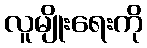
လူမျိုးရေးကို